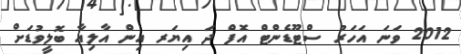
2012 ވަނަ އަހަރު ސްޓޫޑެންޓް އޮފް ދަ އިޔަރ އިން އާލިއާ ބޮލީވުޑަށް